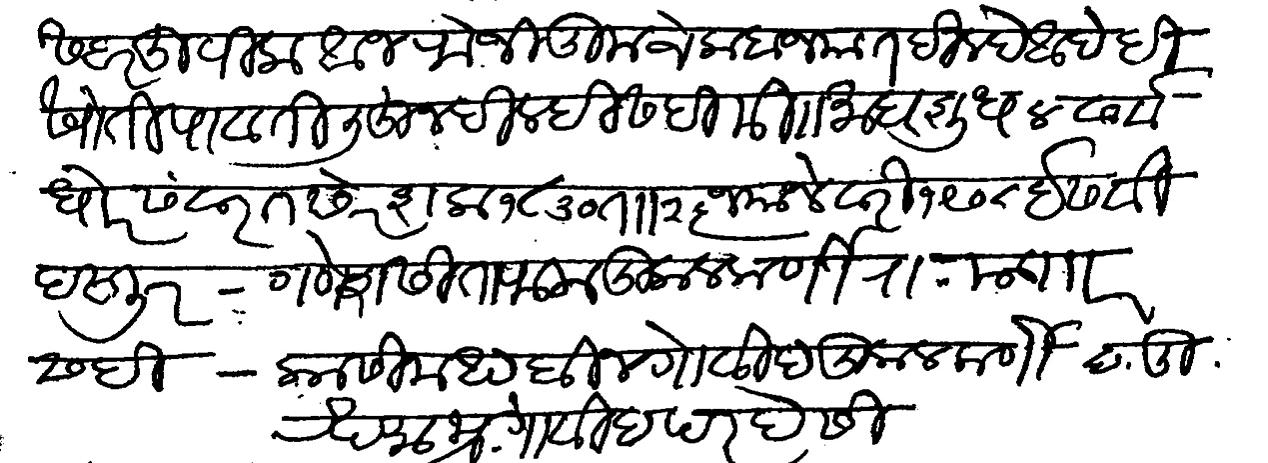
Transliteration (Devanagari): सदरहू पीक आज रोजी तुमचे कबज्यात दिल्हे आहे ही खोती पावती लिहून दिल्ही सही मिती माघ शुध ४ संवत्सरे शक १८३० ताा २५ ज्यानेवारी १९०८ ईसवी दस्तूर गणेश सीताराम कुलकर्णी रा मजकूर सही कासीनाथ बीन गोविंद कुलकर्णी दस्तुर खुद रखमा भ्रतार गोविंद परदेसी